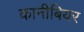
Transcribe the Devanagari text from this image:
कानीबियर